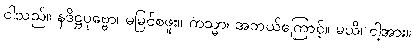
ငါသည်။ နဒိဋ္ဌပုဗ္ဗော၊ မမြင်စဖူး။ ကသ္မာ၊ အဘယ်ကြောင့်။ မယိ၊ ငါ့အား။